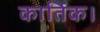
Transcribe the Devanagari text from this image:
कार्तिक।